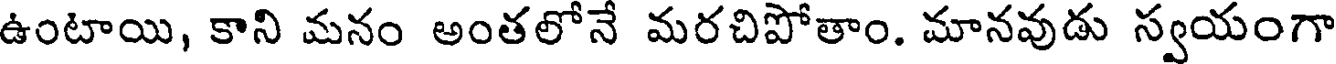
ఉంటాయి, కాని మనం అంతలోనే మరచిపోతాం. మానవుడు స్వయంగా